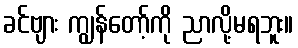
ခင်ဗျား ကျွန်တော့်ကို ညာလို့မရဘူး။